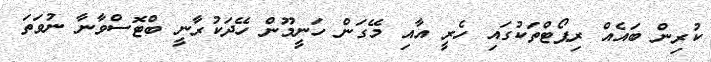
ކުރިން ބައެއް ރިޕޯޓްތަކުގައި ހެރީ އާއި މޭގަން ހަނީމޫން ހޭދަކުރާނީ ބްޓޮސްވާނާ ނުވަަތަ